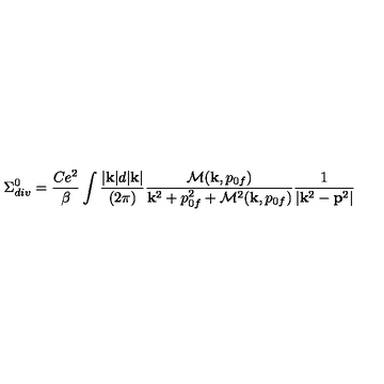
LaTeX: \Sigma _ { d i v } ^ { 0 } = { \frac { C e ^ { 2 } } { \beta } } \int { \frac { | { \bf k } | d | { \bf k } | } { ( 2 \pi ) } } { \frac { { \cal M } ( { \bf k } , p _ { 0 f } ) } { { \bf k } ^ { 2 } + p _ { 0 f } ^ { 2 } + { \cal M } ^ { 2 } ( { \bf k } , p _ { 0 f } ) } } { \frac { 1 } { | { \bf k } ^ { 2 } - { \bf p } ^ { 2 } | } }